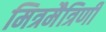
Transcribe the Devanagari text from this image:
मित्रमैत्रिणी